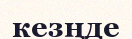
кезңде